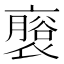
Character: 𮖬